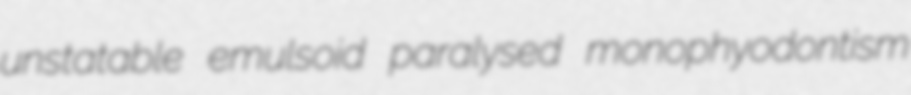
unstatable emulsoid paralysed monophyodontism